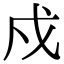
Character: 戍